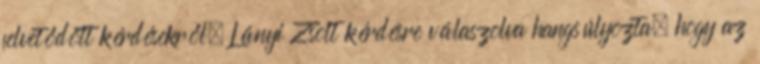
felvetődött kérdésekről. Lányi Zsolt kérdésre válaszolva hangsúlyozta, hogy az